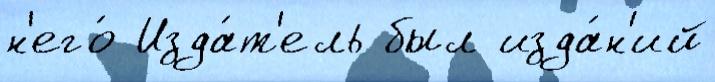
н'его́ Изда́т'ель был изда́н'ий